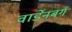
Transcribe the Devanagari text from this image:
वार्डेनबर्ग